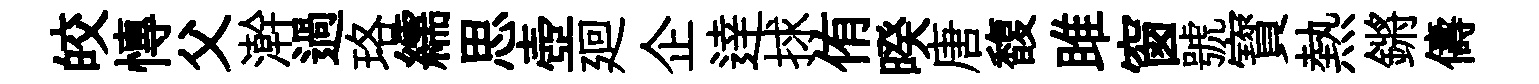
皎慱父澣過珞繻思壺廻企逹捄侑暌唐馥雎窗號寳熱鏘儔